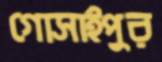
গোসাইপুর